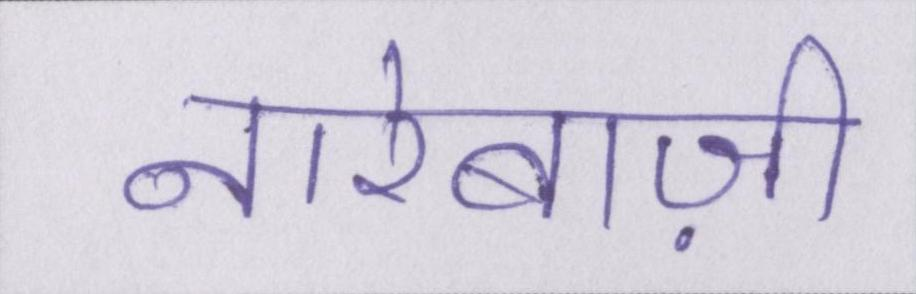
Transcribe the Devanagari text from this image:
नारेबाज़ी